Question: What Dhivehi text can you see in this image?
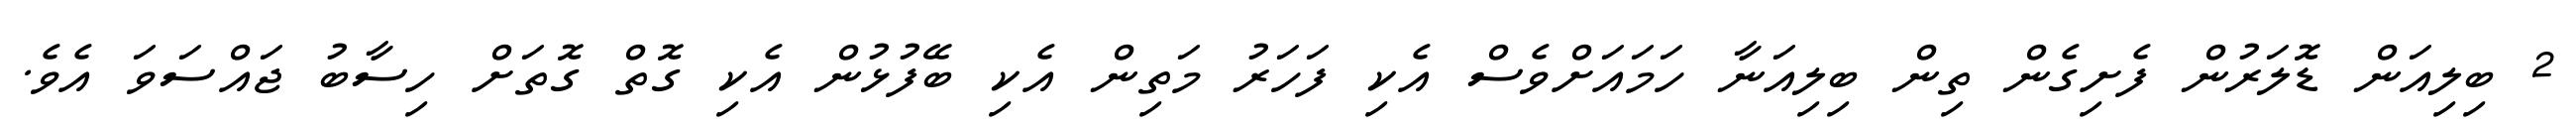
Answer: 2 ބިލިއަން ޑޮލަރުން ފެށިގެން ތިން ބިލިއަނާ ހަމައަށްވެސް އެކި ފަހަރު މަތިން އެކި ބޭފުޅުން އެކި ގޮތް ގޮތަށް ހިސާބު ޖައްސަވަ އެވެ.